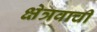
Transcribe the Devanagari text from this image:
क्षेत्रवाची